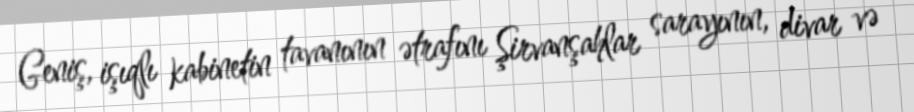
Geniş, işıqlı kabinetin tavanının ətrafını Şirvanşahlar sarayının, divar və